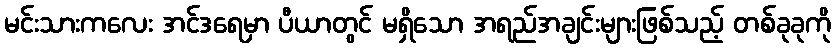
မင်းသားကလေး အင်ဒရေမှာ ပီယာတွင် မရှိသော အရည်အချင်းများဖြစ်သည့် တစ်ခုခုကို